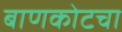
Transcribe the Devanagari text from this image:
बाणकोटचा